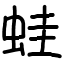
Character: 蛙